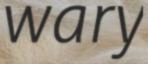
wary